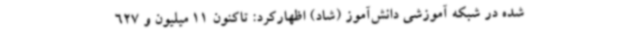
شده در شبکه آموزشی دانش‌آموز (شاد) اظهارکرد: تاکنون 11 میلیون و 627